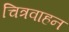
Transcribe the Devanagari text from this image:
चित्रवाहन